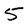
Character: 5